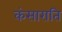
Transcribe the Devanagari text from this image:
कंसाराति